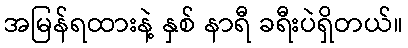
အမြန်ရထားနဲ့ နှစ် နာရီ ခရီးပဲရှိတယ်။